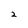
Character: 2